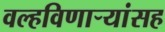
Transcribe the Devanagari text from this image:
वल्हविणाऱ्यांसह